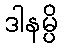
ဒါနမ္ပိ